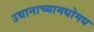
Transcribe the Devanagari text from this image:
उद्यानाच्यामधोमध